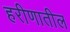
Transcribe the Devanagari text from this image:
हरीणातील